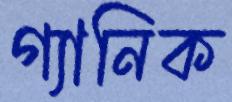
গ্যানিক